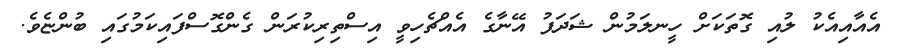
އެއާއިއެކު ލުއި ގޮތަކަށް ހީނލަމުން ޝަދަފު އޭނާގެ އެއްޗެހިވީ އިސްތިރިކުރަން ގެންގޮސްފައިކަމުގައި ބުންޏެވެ.